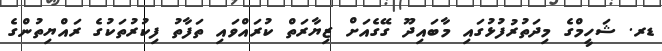
ޑރ. ޝަހީމްގެ މިދަތުރުފުޅުގައި މާބައިދޫ ގޭގެއަށް ޒިޔާރަތް ކުރައްވައި ތަފާތު ފިކުރުތަކުގެ ރައްޔިތުންގެ